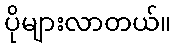
ပိုများလာတယ်။